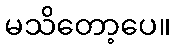
မသိတော့ပေ။